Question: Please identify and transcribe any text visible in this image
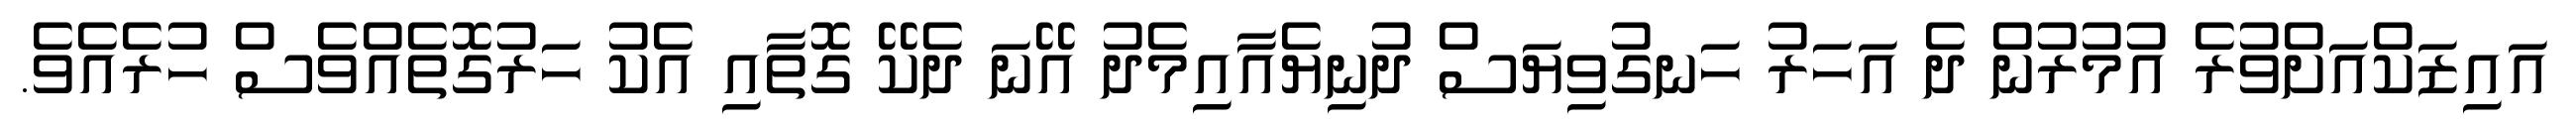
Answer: އައިޒަކްއަށްވުރެ އުމުރުން ދެ އަހަރު ހަނގުވިޔަސް ދުނިޔެއާއިމެދު އޭނަ ދެކޭ ގޮތާއި އެކު ހަރުގޮތެއްވެސް ހުރެއެވެ.